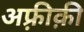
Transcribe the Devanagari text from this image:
अफ़्रीक़ी